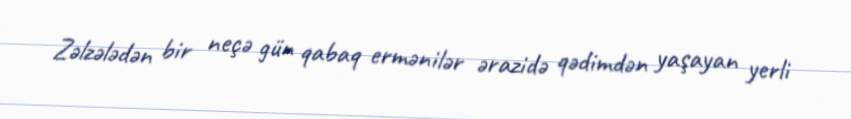
Zəlzələdən bir neçə gün qabaq ermənilər ərazidə qədimdən yaşayan yerli